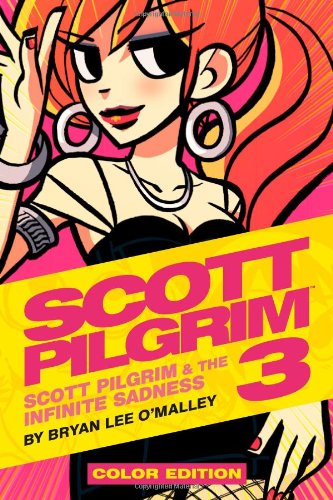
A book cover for Scott Pilgrim Color Hardcover Volume 3: Scott Pilgrim & The Infinite Sadness; Bryan Lee O'Malley; Comics & Graphic Novels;